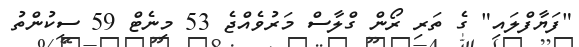
"ފަޔާފްލައި" ގެ ތަރި ރޯން ގްލާސް މަރުވެއްޖެ 53 މިނެޓް 59 ސިކުންތު